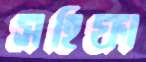
সহিফা